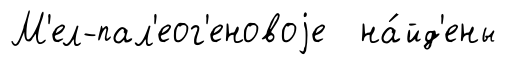
М'ел-пал'еог'еновоjе на́йд'ены